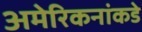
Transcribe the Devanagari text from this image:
अमेरिकनांकडे